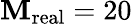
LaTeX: \mathbf{M}_{\mathrm{{real}}}=20